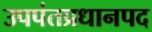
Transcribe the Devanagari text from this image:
उपपंतप्रधानपद